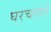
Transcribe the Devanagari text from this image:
घरचलने